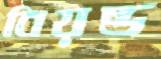
বিয়ন্ড